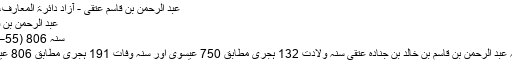
عبد الرحمٰن بن قاسم عتقی - آزاد دائرۃ المعارف، ویکیپیڈیا
عبد الرحمٰن بن قاسم عتقی
سنہ 806 (55–56 سال)
ابو عبد اللہ عبد الرحمن بن قاسم بن خالد بن جنادہ عتقی سنہ ولادت 132 ہجری مطابق 750 عیسوی اور سنہ وفات 191 ہجری مطابق 806 عیسوی ہے۔